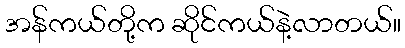
အန်ကယ်တို့က ဆိုင်ကယ်နဲ့လာတယ်။